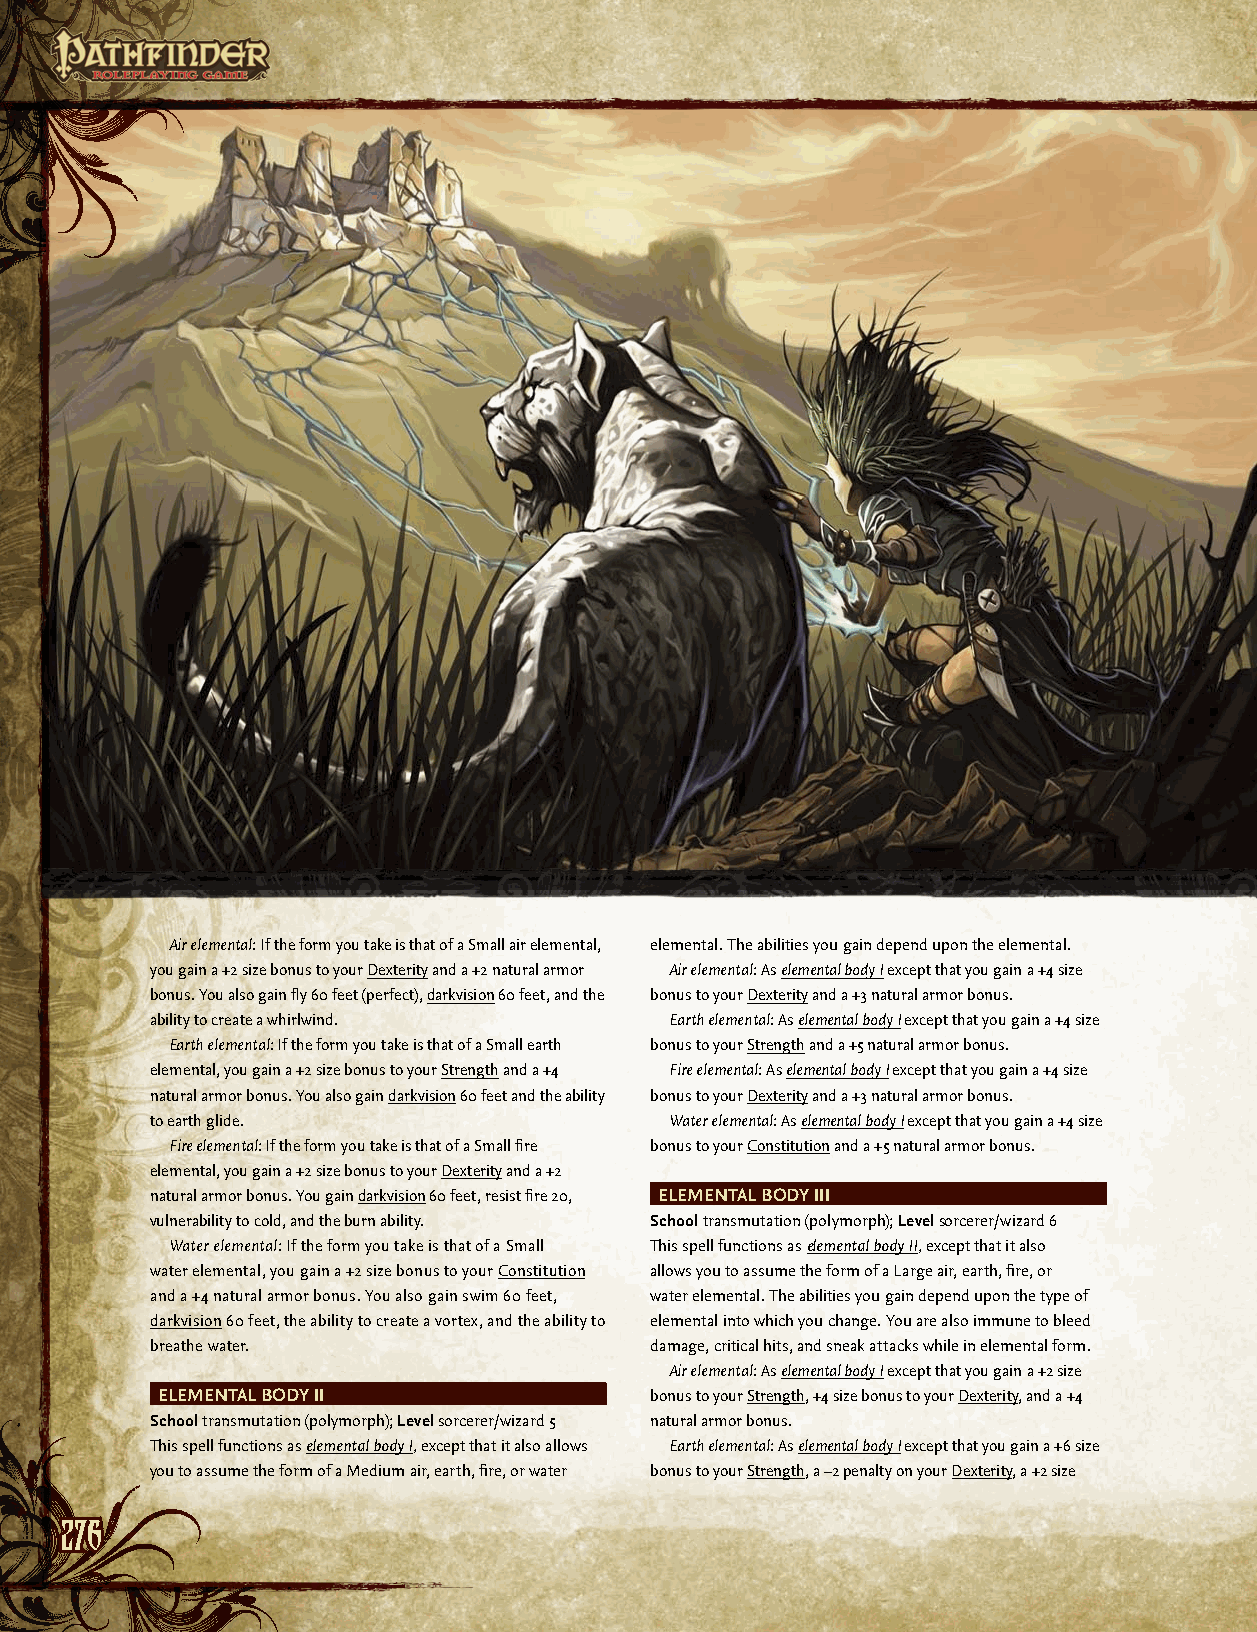
Air elemental: If the form you take is that of a Small air elemental, elemental. The abilities you gain depend upon the elemental.
 you gain a +2 size bonus to your Dexterity and a +2 natural armor Air elemental: As elemental body I except that you gain a +4 size
 bonus. You also gain fly 60 feet (perfect), darkvision 60 feet, and the bonus to your Dexterity and a +3 natural armor bonus.
 ability to create a whirlwind.    Earth elemental: As elemental body I except that you gain a +4 size
 Earth elemental: If the form you take is that of a Small earth bonus to your Strength and a +5 natural armor bonus.
 elemental, you gain a +2 size bonus to your Strength and a +4 Fire elemental: As elemental body I except that you gain a +4 size
 natural armor bonus. You also gain darkvision 60 feet and the ability bonus to your Dexterity and a +3 natural armor bonus.
 to earth glide.                   Water elemental: As elemental body I except that you gain a +4 size
 Fire elemental: If the form you take is that of a Small fire bonus to your Constitution and a +5 natural armor bonus.
 elemental, you gain a +2 size bonus to your Dexterity and a +2
 natural armor bonus. You gain darkvision 60 feet, resist fire 20, ELEmEnTAL body iii
 vulnerability to cold, and the burn ability. School transmutation (polymorph); Level sorcerer/wizard 6
 Water elemental: If the form you take is that of a Small This spell functions as elemental body II, except that it also
 water elemental, you gain a +2 size bonus to your Constitution allows you to assume the form of a Large air, earth, fire, or
 and a +4 natural armor bonus. You also gain swim 60 feet, water elemental. The abilities you gain depend upon the type of
 darkvision 60 feet, the ability to create a vortex, and the ability to elemental into which you change. You are also immune to bleed
 breathe water.                   damage, critical hits, and sneak attacks while in elemental form.
 Air elemental: As elemental body I except that you gain a +2 size
 ELEmEnTAL body ii                bonus to your Strength, +4 size bonus to your Dexterity, and a +4
 School transmutation (polymorph); Level sorcerer/wizard 5 natural armor bonus.
 This spell functions as elemental body I, except that it also allows Earth elemental: As elemental body I except that you gain a +6 size
 you to assume the form of a Medium air, earth, fire, or water bonus to your Strength, a –2 penalty on your Dexterity, a +2 size
 227766